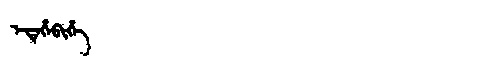
Manchu: ᡝᡨᡝᡥᡝᠪᡳᡥᡝ
Romanization: ETEHEBIHE